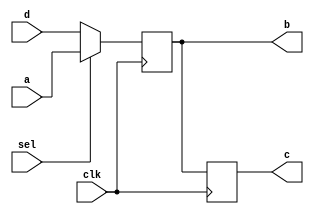
/**
	 5.9
*/

module non_block(d,c,b,a,clk,sel);
output c,b;
input clk,a,d,sel;
reg c,b;
always @(posedge clk)
	begin
	if (sel)
        b<=a;
    else
        b<=d;
    c<=b;
    end
endmodule